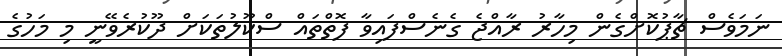
ނަމަވެސް ޗާޕުކޮށްގެން މިހާރު ރާއްޖެ ގެނެސްފައިވާ ފޮތްތައް ސްކޫލުތަކަށް ދޫކުރެވޭނީ މި މަހުގެ